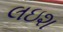
લઇશ